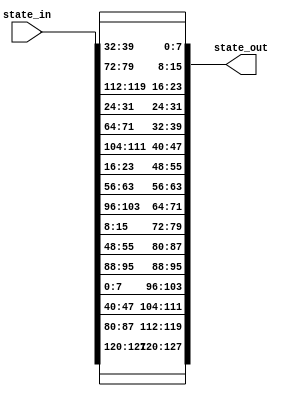
module shift_rows( state_in, state_out);
	
 input [0:127] state_in;

 output [0:127] state_out;

 // First row is not shifted
 assign state_out [0:7] = state_in [0:7];
 assign state_out [32:39] = state_in [32:39];
 assign state_out [64:71] = state_in [64:71];
 assign state_out [96:103] = state_in [96:103];

 // Second row shifted by 1
 assign state_out [8:15] = state_in [40:47];
 assign state_out [40:47] = state_in [72:79];
 assign state_out [72:79] = state_in [104:111];
 assign state_out [104:111] = state_in [8:15];

 // Third row shifted by 2
 assign state_out [16:23] = state_in [80:87];
 assign state_out [48:55] = state_in [112:119];
 assign state_out [80:87] = state_in [16:23];
 assign state_out [112:119] = state_in [48:55];

 // Fourth row shifted by 3
 assign state_out [24:31] = state_in [120:127];
 assign state_out [56:63] = state_in [24:31];
 assign state_out [88:95] = state_in [56:63];
 assign state_out [120:127] = state_in [88:95];

	
endmodule



///////////////////////////////
///// Test Module /////////////
///////////////////////////////

/*

module shift_rows_tester();

reg [0:127] state_in;

reg [0:31] s1, s2, s3, s4; // each row of the state
reg [0:31] s_in1, s_in2, s_in3, s_in4;

wire [0:127] state_out;

shift_rows srows (.state_in(state_in), .state_out(state_out));

initial begin
	$dumpfile ("shift_rows.dump");
	$dumpvars (0, shift_rows_tester);
end


initial begin

	state_in = 128'h00112233445566778899aabbccddeeff;

	s_in1 = {state_in[0:7], state_in[32:39], state_in[64:71], state_in[96:103]};
	s_in2 = {state_in[8:15], state_in[40:47], state_in[72:79], state_in[104:111]};
	s_in3 = {state_in[16:23], state_in[48:55], state_in[80:87], state_in[112:119]};
	s_in4 = {state_in[24:31], state_in[56:63], state_in[88:95], state_in[120:127]};

	s1 = {state_out[0:7], state_out[32:39], state_out[64:71], state_out[96:103]};
	s2 = {state_out[8:15], state_out[40:47], state_out[72:79], state_out[104:111]};
	s3 = {state_out[16:23], state_out[48:55], state_out[80:87], state_out[112:119]};
	s4 = {state_out[24:31], state_out[56:63], state_out[88:95], state_out[120:127]};

	$display("%h", s_in1);
	$display("%h", s_in2);
	$display("%h", s_in3);
	$display("%h", s_in4);

	$display(" ");

	$display("%h", s1);
	$display("%h", s2);
	$display("%h", s3);
	$display("%h", s4);



	//$display("State_in = %h", state_in);
	//$display("State out = %h", state_out);
end


endmodule

*/